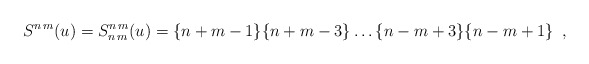
\begin{align*}S^{n\, m}(u)=S^{n\, m}_{n\, m}(u)=\{n+m-1\}\{n+m-3\}\dots \{n-m+3\}\{n-m+1\}\, \, \, ,\end{align*}